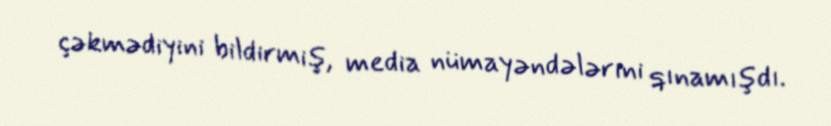
çəkmədiyini bildirmiş, media nümayəndələrini qınamışdı.